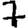
Digit: 7